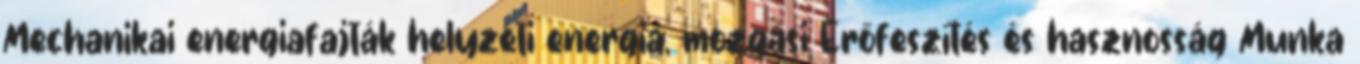
Mechanikai energiafajták helyzeti energia, mozgási Erőfeszítés és hasznosság Munka